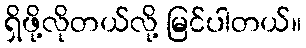
ရှိဖို့လိုတယ်လို့ မြင်ပါတယ်။